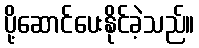
ပို့ဆောင်ပေးနိုင်ခဲ့သည်။